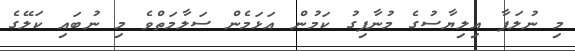
މި ނުލަފާ އިލިޔާސުގެ މުނާފިގު ކަމުން އަޅަމެން ސަލާމަތްވެ މި ނުބައި ކަލޭގެ